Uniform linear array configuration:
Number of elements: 64
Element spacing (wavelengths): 0.75
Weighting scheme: hamming
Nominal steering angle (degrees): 0
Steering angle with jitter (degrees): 1.581
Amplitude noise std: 0.05
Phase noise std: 0.05

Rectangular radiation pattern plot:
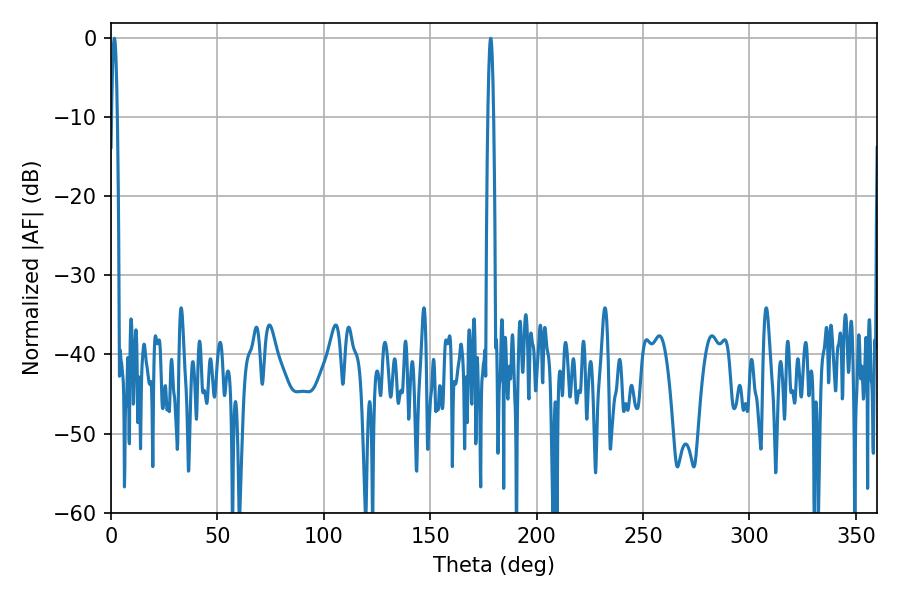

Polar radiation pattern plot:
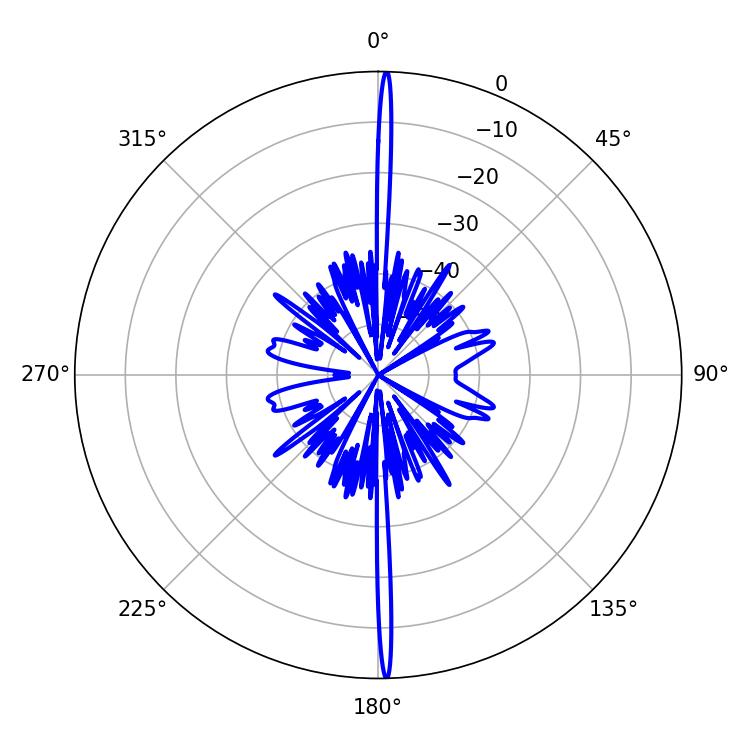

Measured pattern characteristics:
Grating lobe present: TRUE
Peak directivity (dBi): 30.98
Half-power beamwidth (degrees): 1.44
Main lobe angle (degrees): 1.62